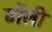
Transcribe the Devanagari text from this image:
डोंली